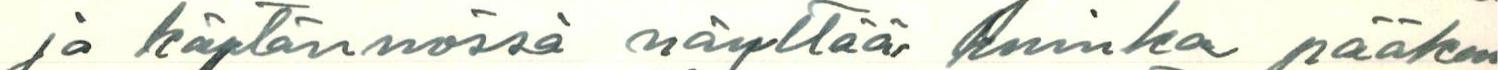
ja käytännössä näyttää kuinka pääkau